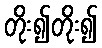
တိုး၍တိုး၍